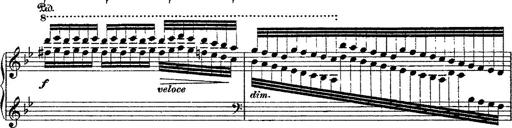
Title: Fantaisie romantique sur deux mÃ©lodies suisses
Composer: Franz Liszt